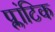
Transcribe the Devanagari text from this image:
प्लांटिक